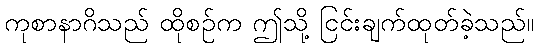
ကုစာနာဂိသည် ထိုစဉ်က ဤသို့ ငြင်းချက်ထုတ်ခဲ့သည်။